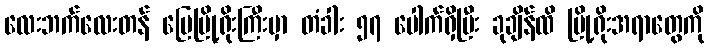
လေးဘက်လေးတန် မြေမြို့ရိုးကြီးမှာ တံခါး ၅၇ ပေါက်ရှိပြီး ခုချိန်ထိ မြို့ရိုးအရာတွေကို